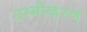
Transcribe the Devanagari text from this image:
उश्मीकरण